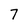
Character: 7